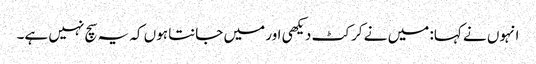
انہوں نے کہا: میں نے کرکٹ دیکھی اور میں جانتا ہوں کہ یہ سچ نہیں ہے۔